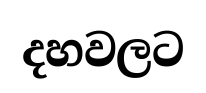
දහවලට